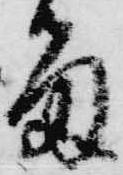
留